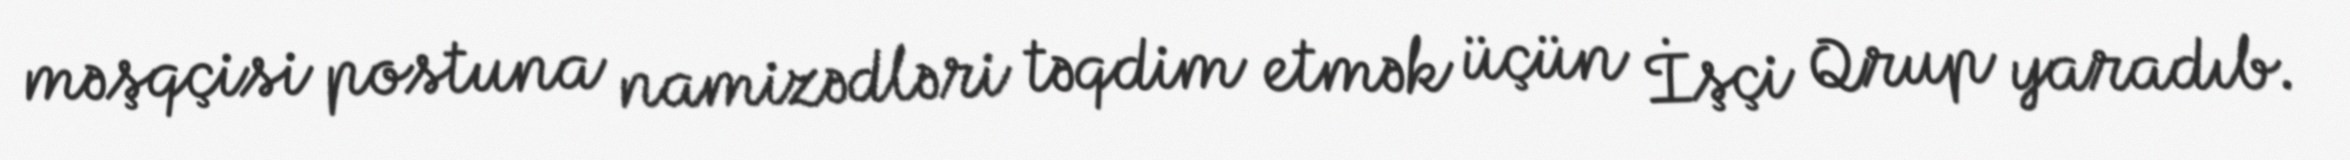
məşqçisi postuna namizədləri təqdim etmək üçün İşçi Qrup yaradıb.